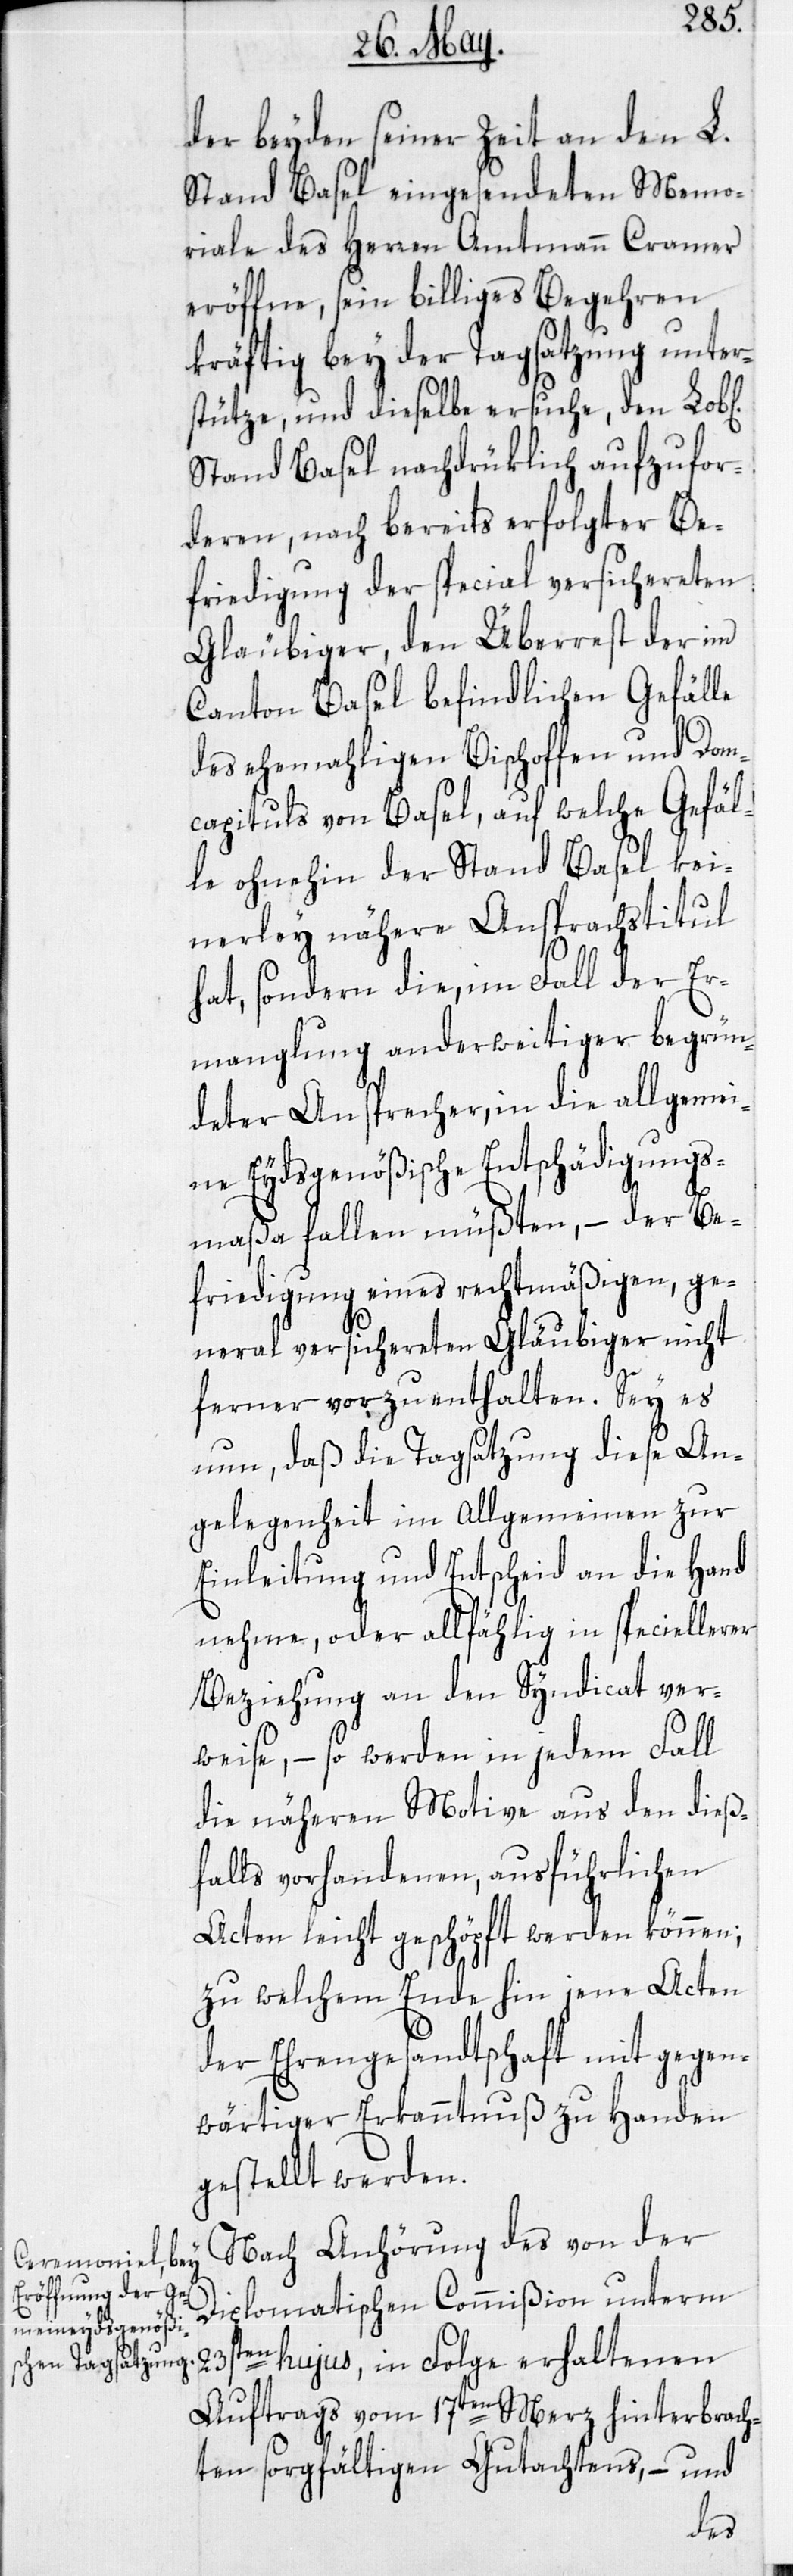
der beyden seiner Zeit an den L.
Stand Basel eingesendeten Memo¬
riale des Herren Amtmann Cramer
eröffne, sein billiges Begehren
kräftig bey der Tagsatzung unter¬
stütze, und dieselbe ersuche, den
Stand Basel nachdrücklich aufzufor¬
deren, nach bereits erfolgter Be¬
friedigung der special versichereten
Gläubiger, den Überrest der im
Canton Basel befindlichen Gefälle
des ehemaligen Bischoffen und Dom¬
capituls von Basel, auf welche Gefäl¬
le ohnehin der Stand Basel kei¬
nerley nähere Ansprachstitul
hat, sondern die, im Fall der Er¬
manglung anderweitiger begrün¬
deter Ansprecher, in die allgeme¬
ine Eydsgenößische Entschädigungs¬
maßa fallen müßten, – der Be¬
friedigung eines rechtmäßigen, ge¬
neral versichereten Gläubiger nicht
ferner vorzuenthalten. Sey es
nun, daß die Tagsatzung diese An¬
gelegenheit im Allgemeinen zur
Einleitung und Entscheid an die Hand
nehme, oder allfählig in speciellerer
Beziehung an den Syndicat ver¬
weise, – so werden in jedem Fall
die näheren Motive aus den dieß¬
falls vorhandenen, ausführlichen
Acten leicht geschöpft werden können;
zu welchem Ende hin jene Acten
der Ehrengesandtschaft mit gegen¬
wärtiger Erkanntnuß zu Handen
gestellt werden.
Nach Anhörung des von der
Diplomatischen Commißion unterm
23sten hujus, in Folge erhaltenen
Auftrags vom 17ten Merz hinterbrach¬
ten sorgfältigen Gutachtens, – und